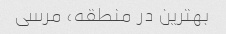
بهترین در منطقه، مرسی